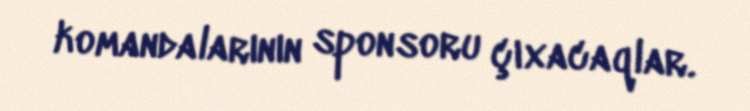
komandalarının sponsoru çıxacaqlar.